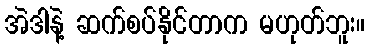
အဲဒါနဲ့ ဆက်စပ်နိုင်တာက မဟုတ်ဘူး။